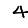
Digit: 4